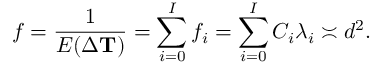
f = \frac { 1 } { E ( \Delta \mathbf { T } ) } = \sum _ { i = 0 } ^ { I } f _ { i } = \sum _ { i = 0 } ^ { I } C _ { i } \lambda _ { i } \asymp d ^ { 2 } .